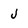
Character: J